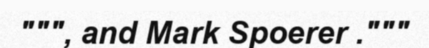
""", and Mark Spoerer ."""